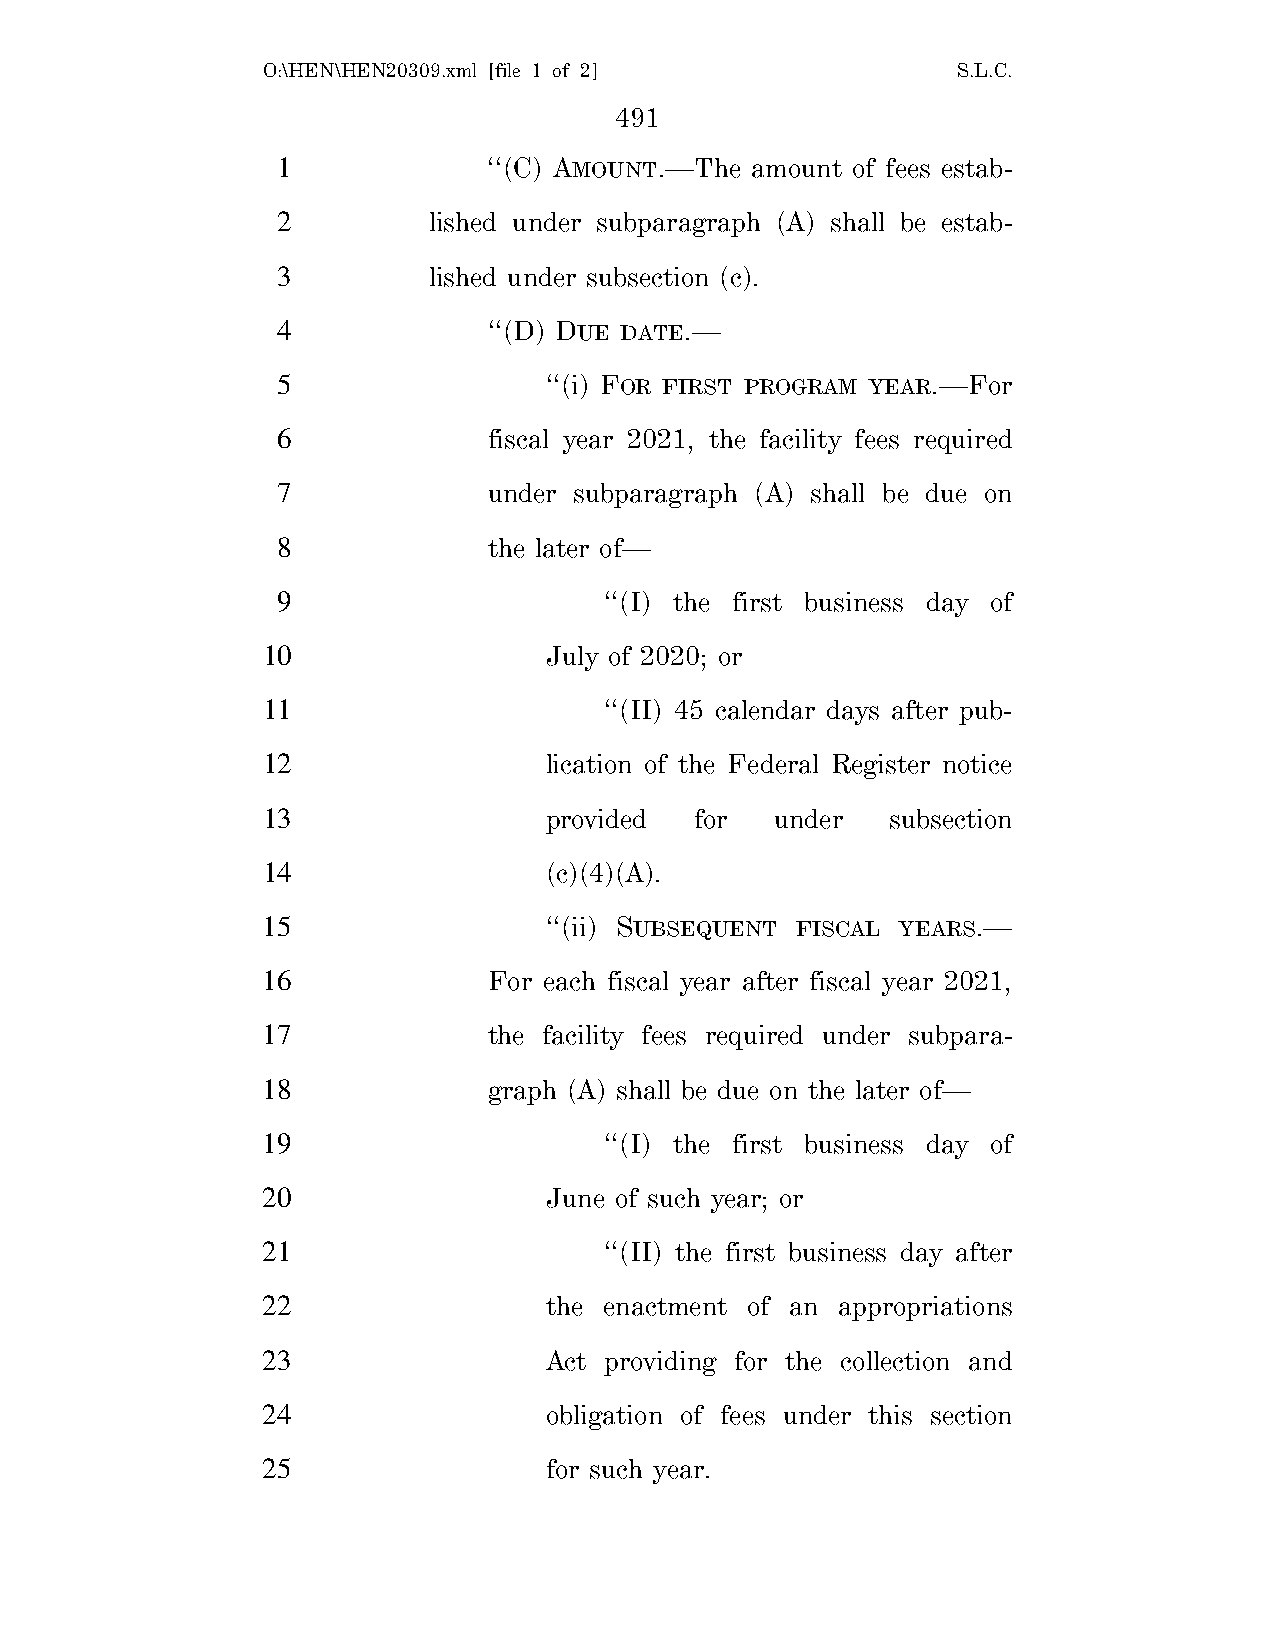
O:\HEN\HEN20309.xml [file 1 of 2]             S.L.C.
 491
 1             ‘‘(C) AMOUNT.—The amount of fees estab-
 2         lished under subparagraph (A) shall be estab-
 3         lished under subsection (c).
 4             ‘‘(D) DUE DATE.—
 5                 ‘‘(i) FOR FIRST PROGRAM YEAR.—For
 6             fiscal year 2021, the facility fees required
 7             under subparagraph (A) shall be due on
 8             the later of—
 9                     ‘‘(I) the first business day of
 10                 July of 2020; or
 11                     ‘‘(II) 45 calendar days after pub-
 12                 lication of the Federal Register notice
 13                 provided  for  under   subsection
 14                 (c)(4)(A).
 15                 ‘‘(ii) SUBSEQUENT FISCAL YEARS.—
 16             For each fiscal year after fiscal year 2021,
 17             the facility fees required under subpara-
 18             graph (A) shall be due on the later of—
 19                     ‘‘(I) the first business day of
 20                 June of such year; or
 21                     ‘‘(II) the first business day after
 22                 the enactment of an appropriations
 23                 Act providing for the collection and
 24                 obligation of fees under this section
 25                 for such year.